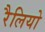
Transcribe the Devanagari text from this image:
रैलियो